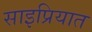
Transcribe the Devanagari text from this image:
साइप्रियात